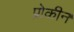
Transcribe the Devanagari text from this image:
प्रोकीन